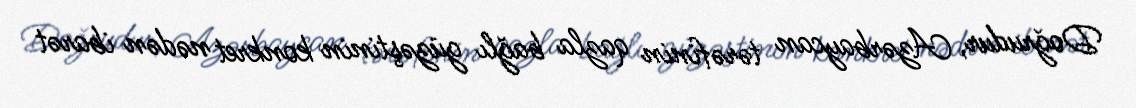
Doğrudur, Azərbaycan tərəfinin qazla bağlı güzəştinin konkret nədən ibarət